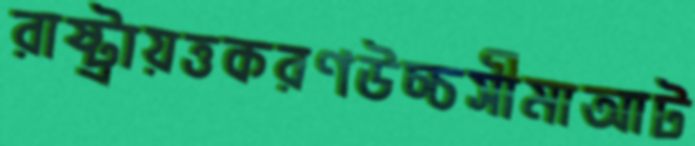
রাষ্ট্রায়ত্তকরণউচ্চসীমাআট